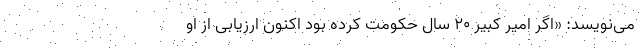
می‌نویسد: «اگر امیر کبیر 20 سال حکومت کرده بود اکنون ارزیابی از او